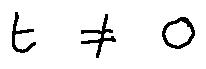
t \neq 0